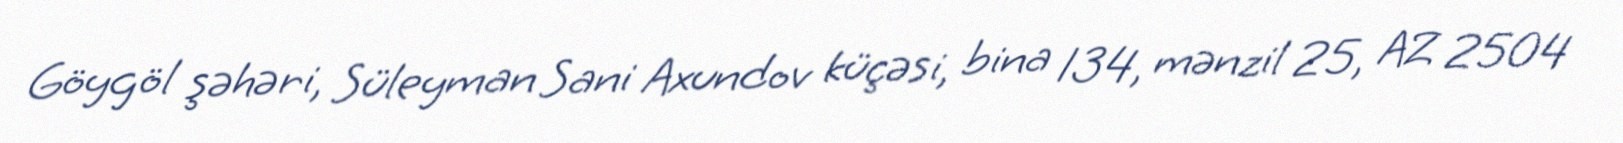
Göygöl şəhəri, Süleyman Sani Axundov küçəsi, bina 134, mənzil 25, AZ 2504